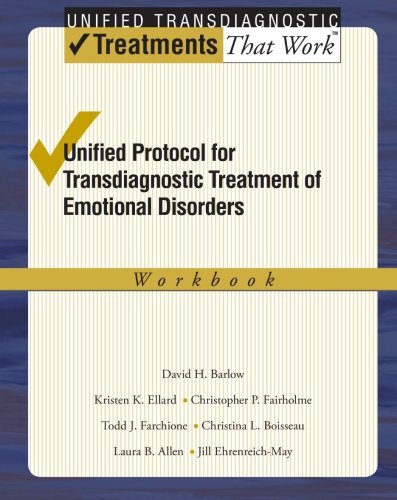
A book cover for Unified Protocol for Transdiagnostic Treatment of Emotional Disorders: Workbook (Treatments That Work); David H. Barlow; Medical Books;